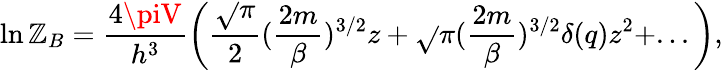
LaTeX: \ln{\cal\mathbb{Z}}_{B}=\frac{{4\piV}}{{h^{3}}}\left(\frac{{\sqrt{}{{\pi}}}}{{2}}(\frac{{2m}}{{\beta}})^{3/2}z+\sqrt{}{{\pi}}(\frac{{2m}}{{\beta}})^{3/2}\delta(q)z^{2}+...\right),